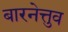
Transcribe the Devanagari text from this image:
बारनेत्तुव